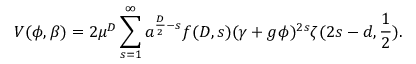
V ( \phi , \beta ) = 2 \mu ^ { D } \sum _ { s = 1 } ^ { \infty } a ^ { \frac { D } { 2 } - s } f ( D , s ) ( \gamma + g \phi ) ^ { 2 s } \zeta ( 2 s - d , \frac { 1 } { 2 } ) .